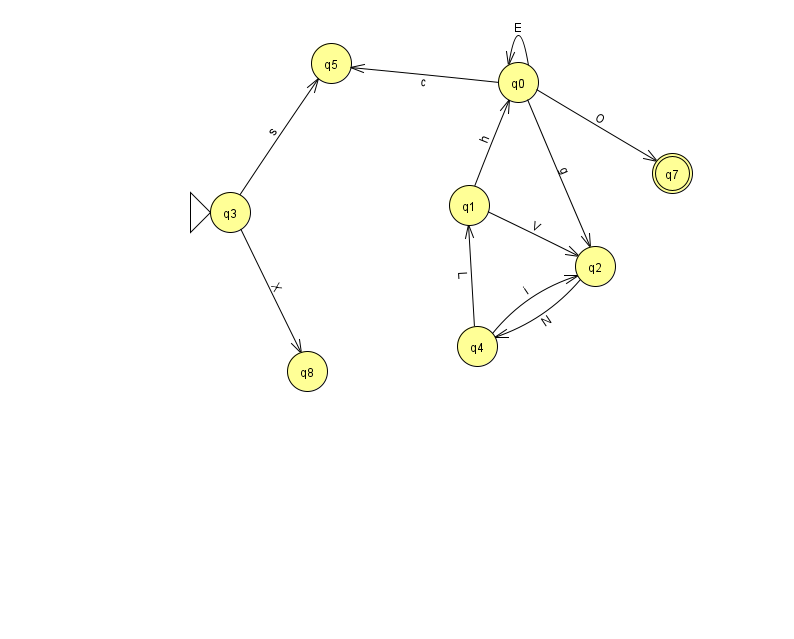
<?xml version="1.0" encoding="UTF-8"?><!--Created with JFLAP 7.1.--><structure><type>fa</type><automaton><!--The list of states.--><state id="0" name="q0"><x>518.0</x><y>69.0</y></state><state id="1" name="q1"><x>469.0</x><y>192.0</y></state><state id="2" name="q2"><x>595.0</x><y>253.0</y></state><state id="3" name="q3"><x>230.0</x><y>199.0</y><initial/></state><state id="4" name="q4"><x>477.0</x><y>333.0</y></state><state id="5" name="q5"><x>331.0</x><y>50.0</y></state><state id="7" name="q7"><x>672.0</x><y>160.0</y><final/></state><state id="8" name="q8"><x>307.0</x><y>358.0</y></state><!--The list of transitions.--><transition><from>1</from><to>0</to><read>h</read></transition><transition><from>0</from><to>0</to><read>E</read></transition><transition><from>0</from><to>5</to><read>c</read></transition><transition><from>1</from><to>2</to><read>V</read></transition><transition><from>3</from><to>8</to><read>X</read></transition><transition><from>2</from><to>4</to><read>N</read></transition><transition><from>3</from><to>5</to><read>s</read></transition><transition><from>4</from><to>1</to><read>L</read></transition><transition><from>0</from><to>2</to><read>g</read></transition><transition><from>0</from><to>7</to><read>O</read></transition><transition><from>4</from><to>2</to><read>i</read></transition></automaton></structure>